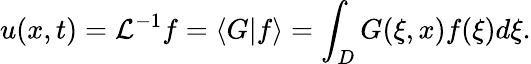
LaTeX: u(x,t)={\cal L}^{-1}f=\langle G|f\rangle=\int_{D}G(\xi,x)f(\xi)d\xi.